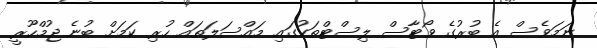
ނަމަވެސް އެ ބުރުގެ ވޯޓާސް ލިސްޓްތަކުގައި މައްސަލަތައް ހުރި ކަމަށް ބުނެ ޖުމްހޫރީ